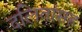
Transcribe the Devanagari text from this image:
दलितांसह